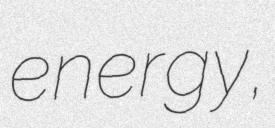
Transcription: energy,